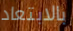
بالابتعاد